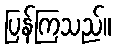
ပြန်ကြသည်။